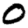
Digit: 0